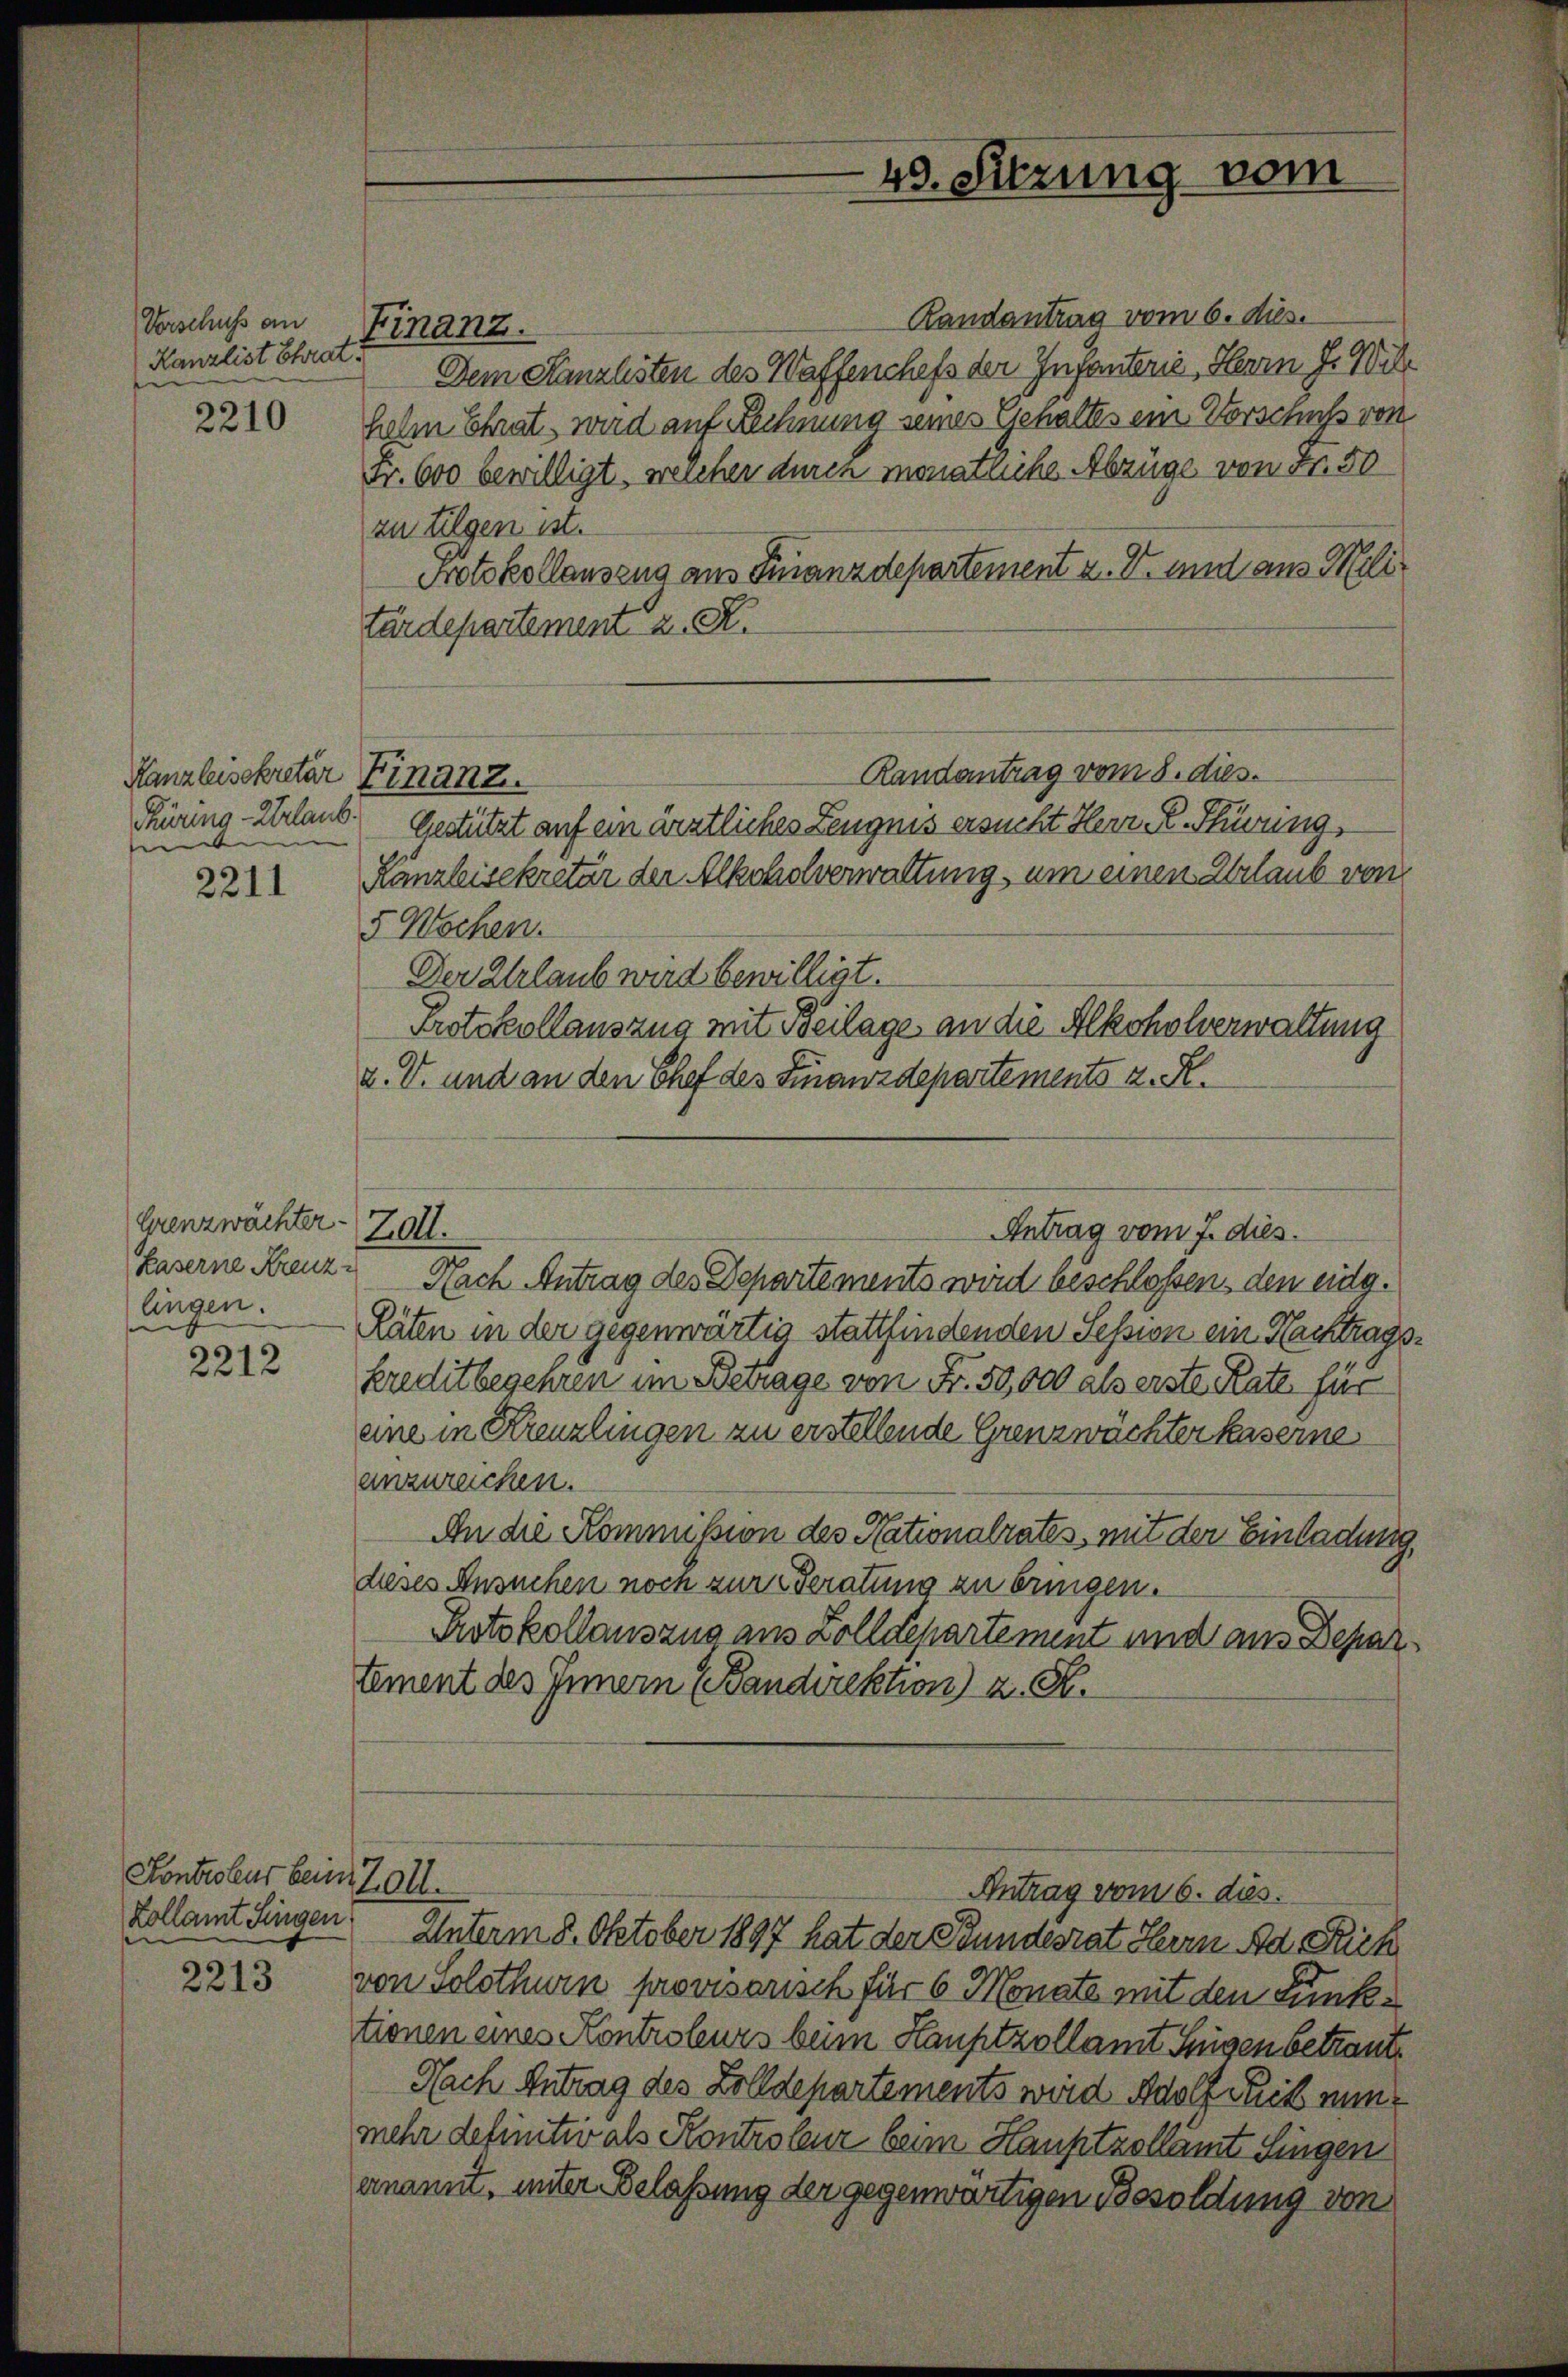
Verschuss an
Kanzlist Chrat

2210

Kanzleisekretär Finanz.
Küring-Urlaub.
e

2211

Grenzwächter
Kaserne Kreuz
lingen.

2212

Kontroleur beim Zoll.
Kollamt Singen

2213

Randantrag vom 6. ds.
Dem Kanzlisten des Waffenchefs der Infanterie, Herrn J. Wil
helm Chrat, wird auf Rechnung seines Gehaltes ein Vorschuß von
Fr. 600 bewilligt, welcher durch monatliche Abzüge von Fr. 50
zu tilgen ist.
Protokollauszug aus Finanzdepartement z. B. und aus Militärdepartement z. R.
Randantrag vom 8. dies.
Gestützt auf ein ärztliches Zeugnis ersucht Herr K. Thüring,
Kanzleisekretär der Alkoholverwaltung, um einen Urlaub von
5 Wochen.
Der Erlaub wird bewilligt.
Protokollauszug mit Beilage an die Alkoholverwaltung
v. V. und an den Chef des Finanzdepartements z. R.
20.
Antrag vom 7. dies.
Nach Antrag des Departements wird beschlossen, den eidg.
Räten in der gegenwärtig stattfindenden Session ein Nachtrags¬
Kreditbegehren im Betrage von Fr. 50,000 als erste Rate für
eine in Kreuzlingen zu erstellende Grenzwachter Kaserne
anzureichen.
An die Kommission des Nationalrates, mit der Einladung,
dieses Ansuchen noch zur Beratung zu bringen.
Protokollauszug aus Zolldepartement und aus Depar¬
Lement des Innern (Bandirektion) z. B.

Finanz.

48. Sitzung vom

Antrag vom 6. dies.
Unterm 8. Oktober 1897 hat der Bundesrat Herrn Ad. Rick

von Solothur provisorisch für 6 Monate mit den Punktionen eines Kontroleurs beim Hauptzollamt Sigen betraute
Nach Antrag des Zolldepartements wird Adolf Fick nunmehr definitiv als Kontroleur beim Hauptzollämt Singen
ernannt, unter Belassung der gegenwärtigen Besoldung von